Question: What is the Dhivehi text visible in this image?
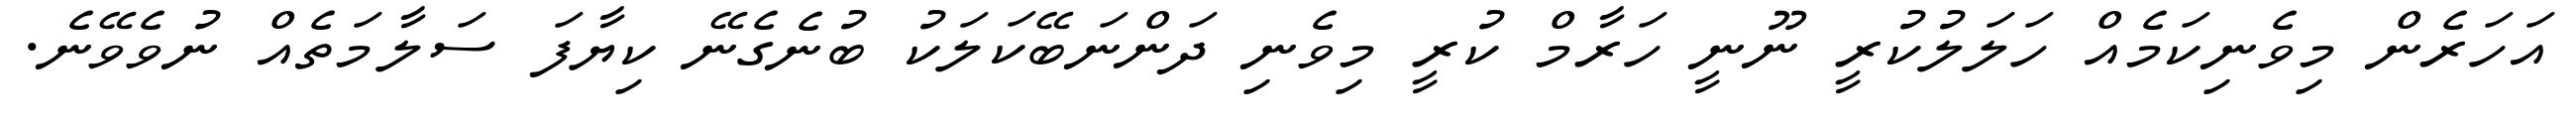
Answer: އަހަރެން މިވެނިކަމެއް ހަލަލުކުރީ ނޫނީ ހަރާމް ކުރީ މިވެނި ދަންނަބޭކަލަކު ބުނެގެނޭ ކިޔާފަ ސަލާމަތެއް ނުވެވޭނެ.